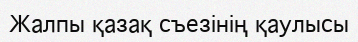
Жалпы қазақ съезінің қаулысы